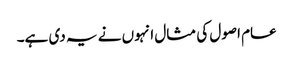
عام اصول کی مثال انہوں نے یہ دی ہے۔